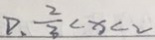
D . \frac { 2 } { 3 } < x < 2